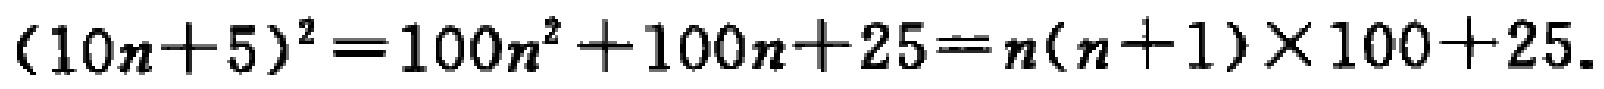
\((10n + 5)^2 = 100n^2 + 100n + 25 = n(n + 1)\times100 + 25\)